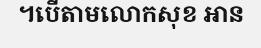
។បើតាមលោកសុខ អាន